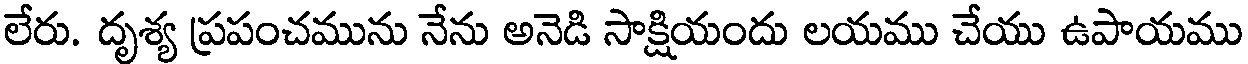
లేరు. దృశ్య ప్రపంచమును నేను అనెడి సాక్షియందు లయము చేయు ఉపాయము